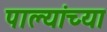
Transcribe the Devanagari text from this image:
पाल्यांच्या